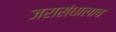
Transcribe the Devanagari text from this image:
जरासंधालाच